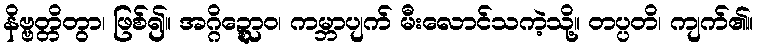
နိဗ္ဗတ္တိတွာ၊ ဖြစ်၍။ အဂ္ဂိဍ္ဍ္ဎောဝ၊ ကမ္ဘာပျက် မီးလောင်သကဲ့သို့။ တပ္ပတိ၊ ကျက်၏။